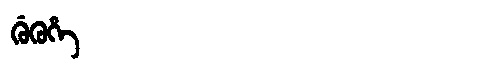
Manchu: ᡤᡠᡴᡠᡥᡝ
Romanization: GUKUHE